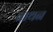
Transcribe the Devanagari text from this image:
वाथन